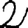
Digit: 2